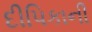
દીપિકાની